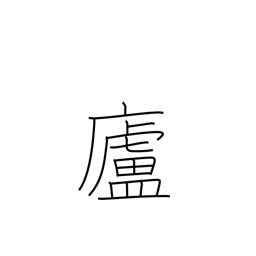
Meaning: hermitage